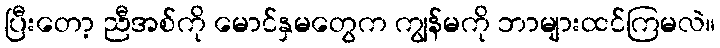
ပြီးတော့ ညီအစ်ကို မောင်နှမတွေက ကျွန်မကို ဘာများထင်ကြမလဲ။